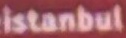
Istanbul